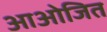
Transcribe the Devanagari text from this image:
आओजित